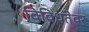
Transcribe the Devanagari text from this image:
विविधतेवर